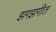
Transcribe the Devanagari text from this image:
झगझगीत